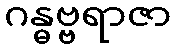
ဂန္ဓဗ္ဗရာဇာ